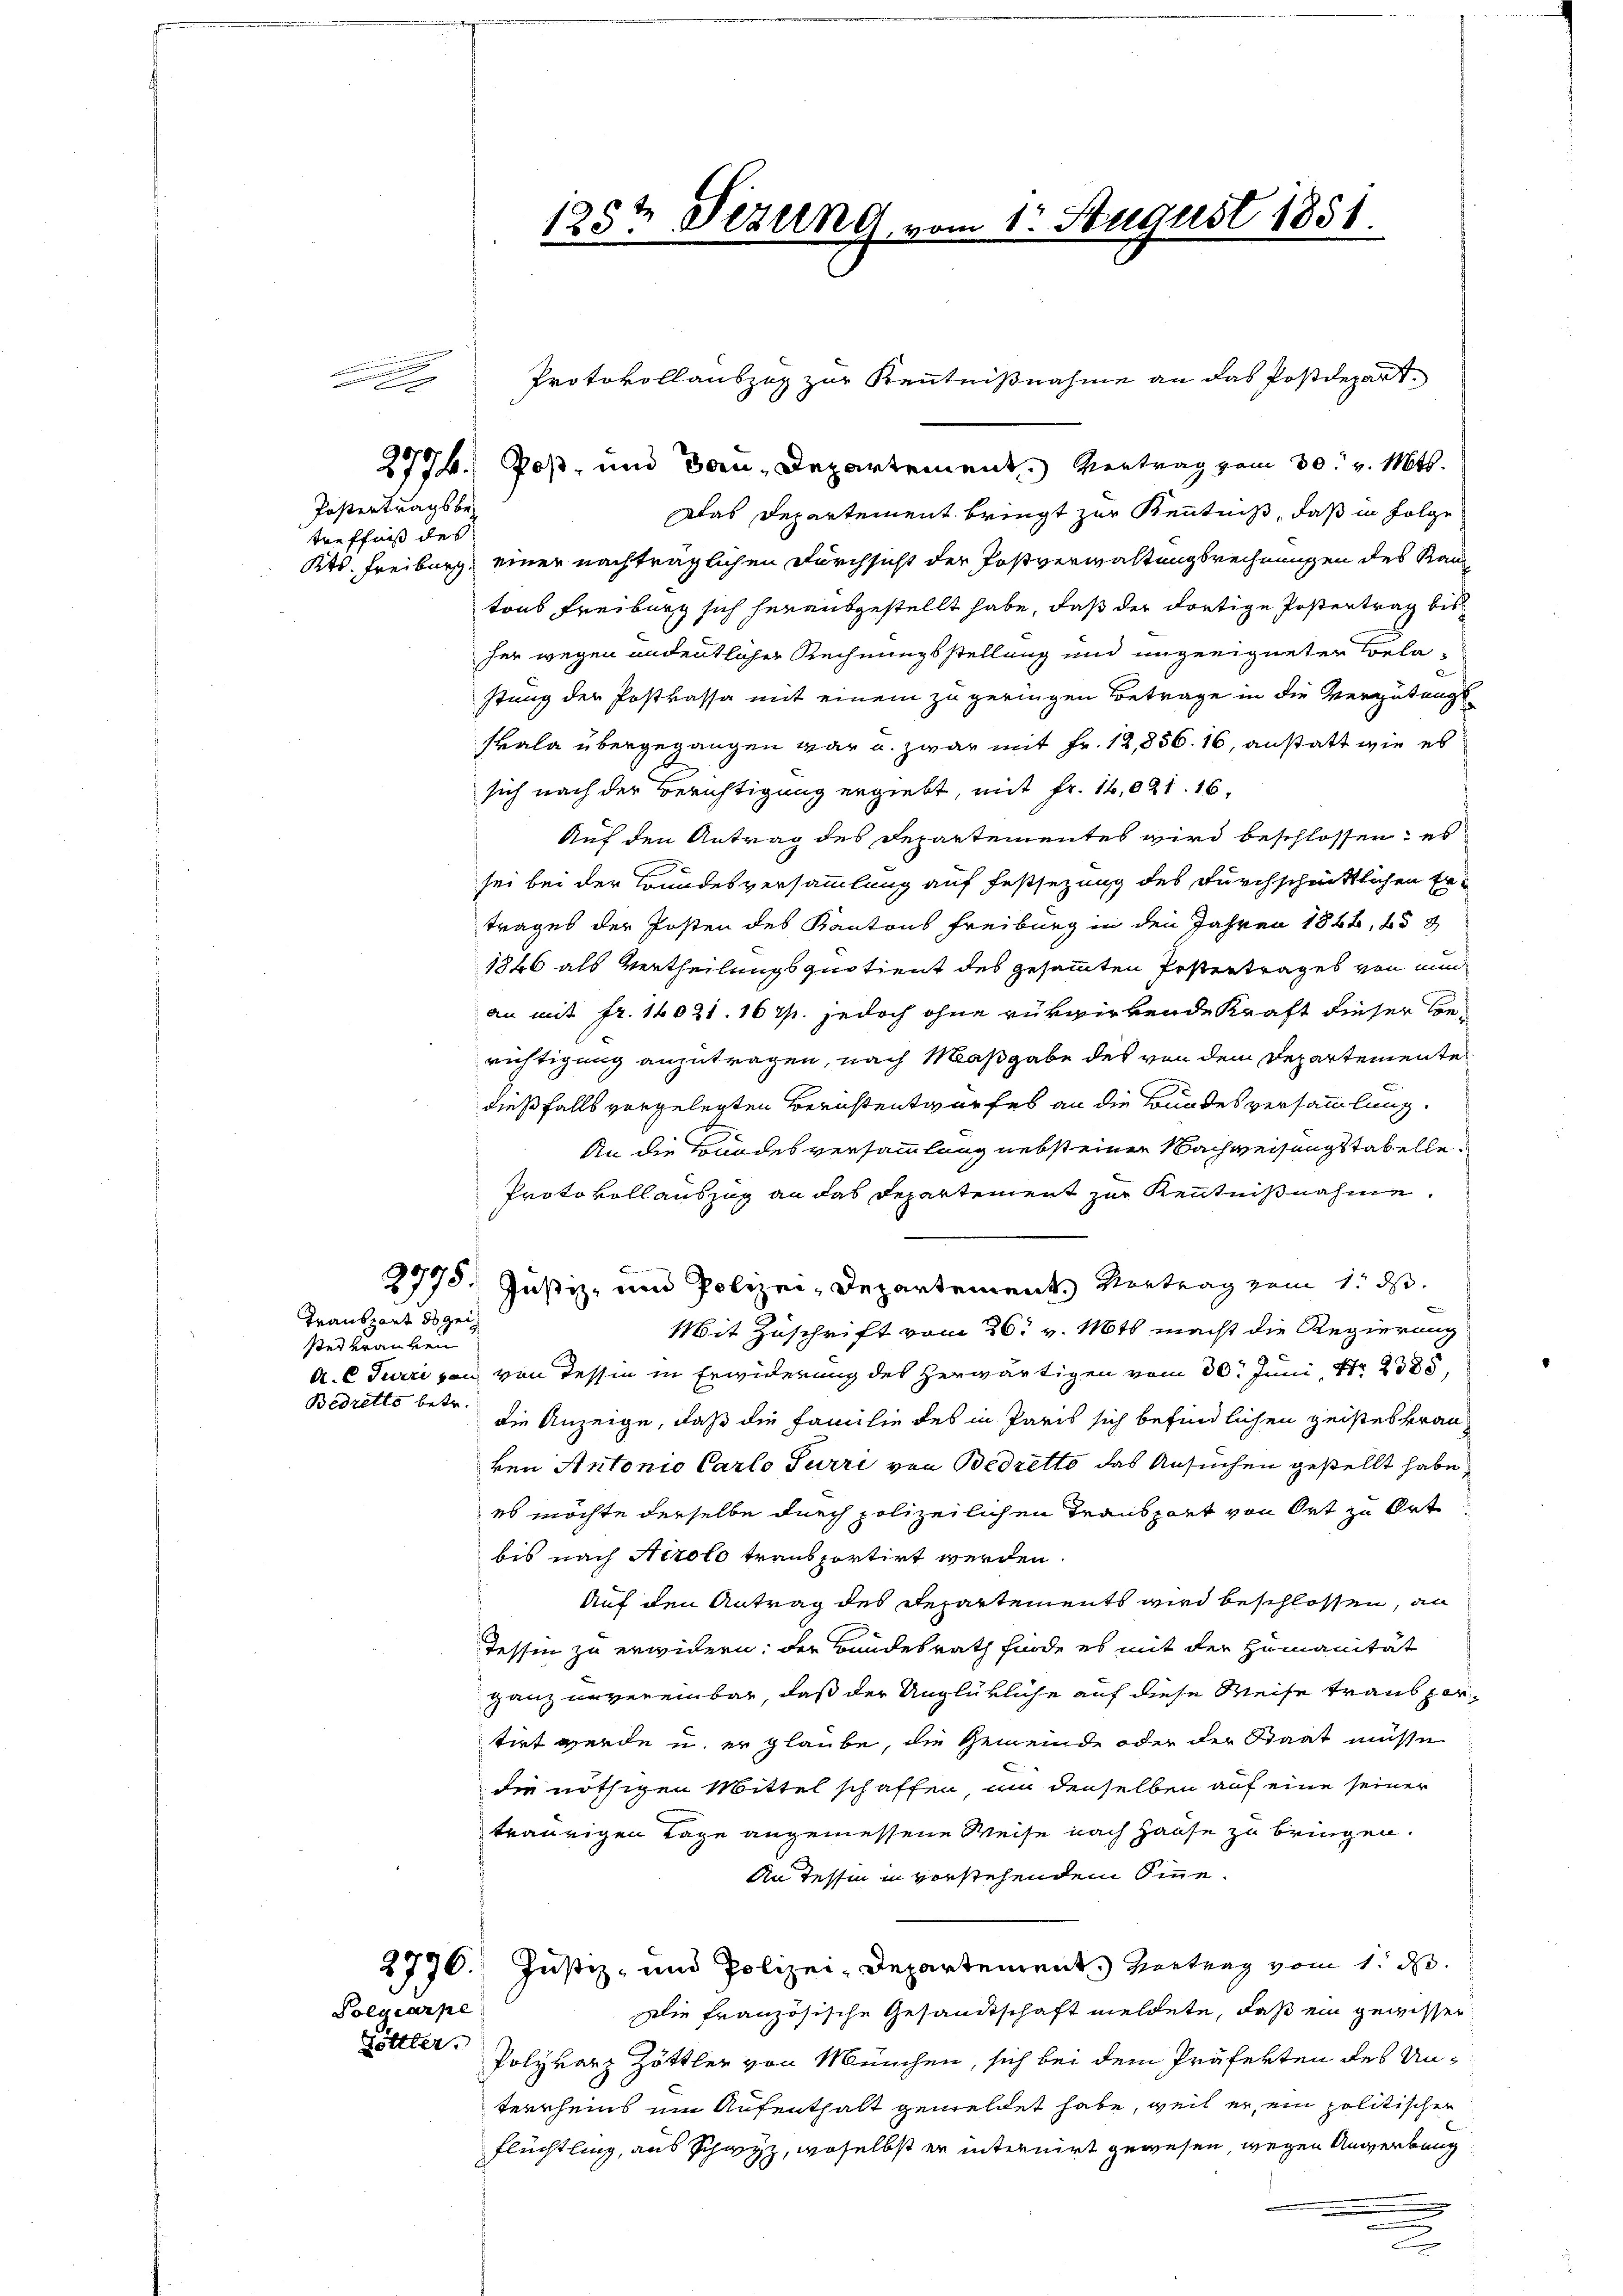
Postertragsbe-
treffniß des

.
8

Transport des zei
ses Kranken
Bedretto betr.

2774. Post- und Bau-Departement. Vertrag vom 30. v. Mts.
Das Departement bringt zur Kenntniß, daß in Folge
Kts. Freiburg, einer nachträglichen Durchsicht der Postverwaltungsrechnungen des Kantons Freiburg sich herausgestellt habe, daß der dortige Postertrag bis
her wegen andeutlicher Rechnungsstellung und ungeeigneter Coelastung der Postkassa mit einem zu geringen Betrage in die Vergütungsskala übergegangen war u. zwar mit Fr. 14,856. 16, anstatt wie es
sich nach der Berichtigung ergiebt, mit Fr. 16,021. 16.
Auf den Antrag des Departementes wird beschlossen: es
sei bei der Bundesversammlung auf Festsezung des durchschnittlichen Ertrages der Posten des Kantons Freiburg in den Jahren 1846, 25
1866 als Vertheilungsquotient des gesammten Postertrages von nunan mit fr. 14021. 167. jedoch ohne rükwirkende Kraft dieser Berichtigung anzutragen, nach Maßgabe des von dem Departemente
dießfalls vorgelegten Berichtentwurfes an die Bundes versammlung.
An die Todesversammlung nebst einer Nachweisungstabelle¬
Protokollauszug an das Departement zur Kenntnißnahme.
2975. Justiz- und Polizei-Departements Vortrag zum 1. ds.
Mit Zuschrift vom 26. v. Mts. macht die Regierung
A. C Terri von von Tessin in Erwiderung des herwärtigen vom 30. Juni, Nr. 2385,
die Anzeige, daß die Familie des in Paris sich befindlichen geistes Frau
ken Antonio Carlo Purri von Bedretto das Ansuchen gestellt habe,
es möchte derselbe durch polizeilichen Transport von Ort zu Ort
bis nach Airolo transportirt werden.
Auf den Antrag des Repartements wird beschlossen, an
Tessin zu erwidern: der Bundesrath finde es mit der Humanität
ganz unvereinbar, daß der Unglükliche auf diese Weise transportirt werde u. er glaube, die Gemeinde oder der Staat müsse
die nöthigen Mittel schaffen, um denselben auf eine seiner
traurigen Tage angemessene Weise nach Hause zu bringen.
An Tessin in vorstehendem Sinne¬
2776. Justiz- und Polizei-Departement. Zeitung vom 1. d.
ie französische Gesandtschaft meldete, daß ein gewisser
ttler Polyvarz Zöttler von München, sich bei dem Präfekten des Unterrheins ein Aufenthalt gemeldet habe, weil er ein politischen
Flüchtling, aus Schwyz, woselbst er internirt gewesen, wegen Angerbung

Polgcarpe

123t Sezung vom 1. August 1851.

Protokollauszug zur Kenntnißnahme an das Postdepart